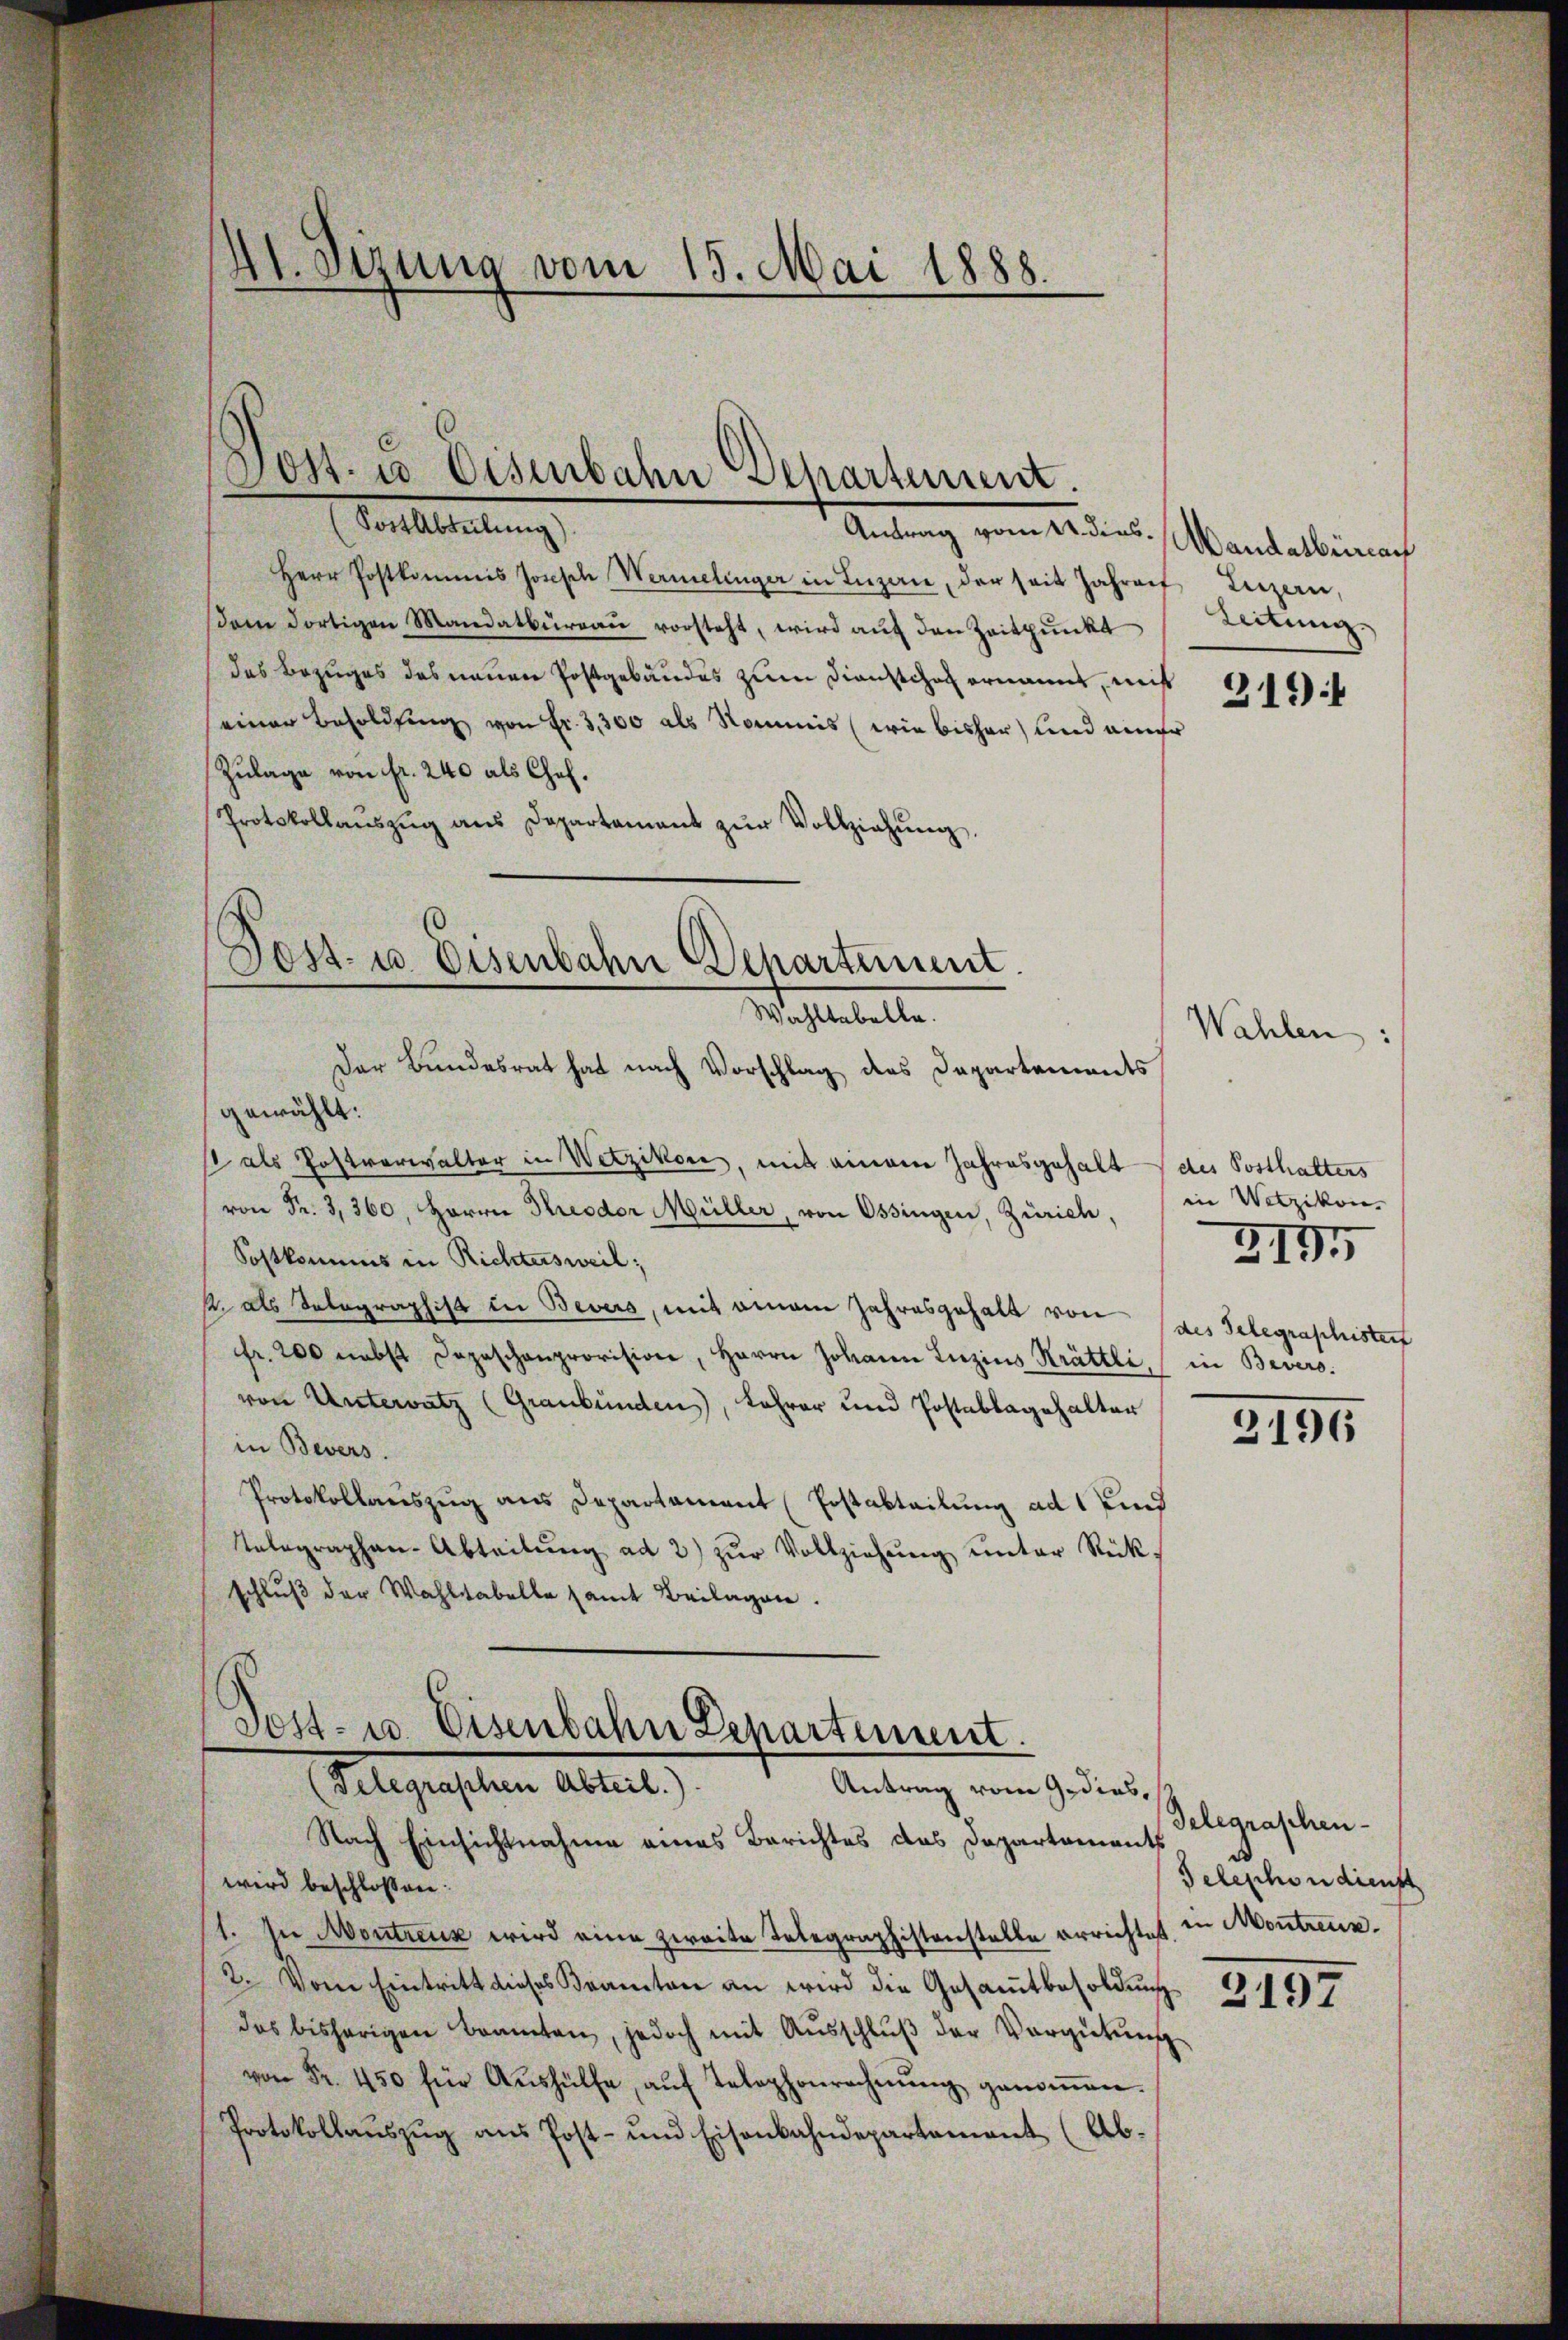
Antrag vom 1. dies. Mandalbeinach
Herr Postkommis Joseph Wermelinger in Luzern, der seit Jahren Luzern,
dem dortigen Mandatbüreaŭ vorsteht, wird aŭf den Zeitpunkt
das Bezuges des neuen Postgebäudes zum Diensthal ernannt, mit
seiner Besoldung von Fr. 3,300 als Nommis (wie bisher) und einer
Zulage von fr. 240 als Chef.
Protokollaŭszŭg ans Departament zŭr Vollziehŭng.
Post- u. Eisenbahn Departement.

¬
et. Sizung vom 15. Mai 1888.

Jos. u Eisenbahn Departement.
Veltheilung

Wahltabelle.
Der Bundesrat hat nach Vorschlag des Departements
gewählt:

als Postverwalter in Wetzikon, mit einem Jahresgehalt des Posthalters

Post- u. Eisenbahn Lepartement.
Telegensten Altert
Antrag vom Gedies,

Leitung.

von Fr. 3,360, Herrn Kreodor Müller, von Ossingen, Zürich, in Wetzikon-
Sostkommis in Richtersweil;
2. als Telegraphist in Bevers, mit einem Jahresgehalt von des Telegraphistenf
fr. 200 nebst Depeschenprovision, Herrn Johann Luzins Krättli, in Bevers.
von Untervatz (Graubünden, Lehrer und Postablagehalter
in Bevers.
Protokollauszug aus Departament (Postabteilung ad 1 und
Telegraphen-Abteilŭng ad 2) zŭr Vollziehŭng ŭnter Rück-
schluß der Wahlstabelle samt Beilagen.

Nach Einsichtnahme eines Berichtes das Departaments
wird beschlossen:
11. In Montreu wird eine zweite Telegraphistenstelle errichtet
2. Vom Eintritt dieses Beamten an wird die Gesamtbesoldung
das bisherigen Beamten, jedoch mit Ausschlŭβ der Vergütung
von Fr. 450 für Aŭshülfe, aŭf Telephonrechnŭng genoṁen.
Protokollaŭszŭg ans Post- und Eisenbahndepartement (Ab.

319

Wahlen

319.

3196

Telegraschen-
Telephon dienst
in Montrenn

2197